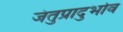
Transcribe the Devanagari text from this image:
जंतुप्रादुर्भाव